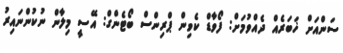
ސަންއަށް ޚަބަރެއް ދެއްވުމަށް: ފޯވާޑް ކެވިން ޕްރިންސް ބޯޓެންގް: އޭސީ މިލާން ނުކުންނައިރު